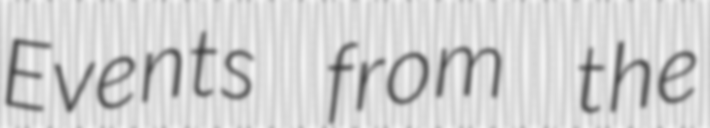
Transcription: Events from the